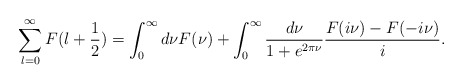
\begin{align*}\sum^{\infty}_{l=0}F(l+\frac12)=\int^\infty _0 d\nu F(\nu) +\int^\infty _0\frac{d\nu}{1+e^{2\pi\nu}}\frac{F(i\nu)-F(-i\nu)}{i}.\end{align*}